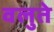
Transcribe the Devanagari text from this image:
वलुते